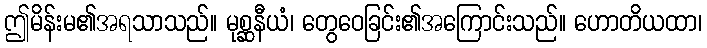
ဤမိန်းမ၏အရသာသည်။ မုစ္ဆနီယံ၊ တွေဝေခြင်း၏အကြောင်းသည်။ ဟောတိယထာ၊